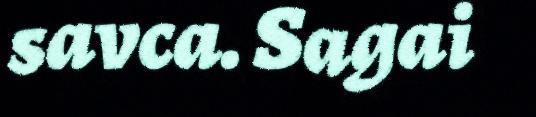
savca. Sagai